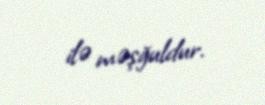
ilə məşğuldur.